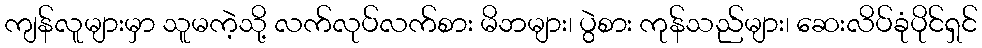
ကျန်လူများမှာ သူမကဲ့သို့ လက်လုပ်လက်စား မိဘများ၊ ပွဲစား ကုန်သည်များ၊ ဆေးလိပ်ခုံပိုင်ရှင်